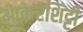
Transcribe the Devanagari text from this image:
आकेरशिट्टी